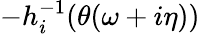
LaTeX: -h_{i}^{-1}(\theta(\omega+i\eta))